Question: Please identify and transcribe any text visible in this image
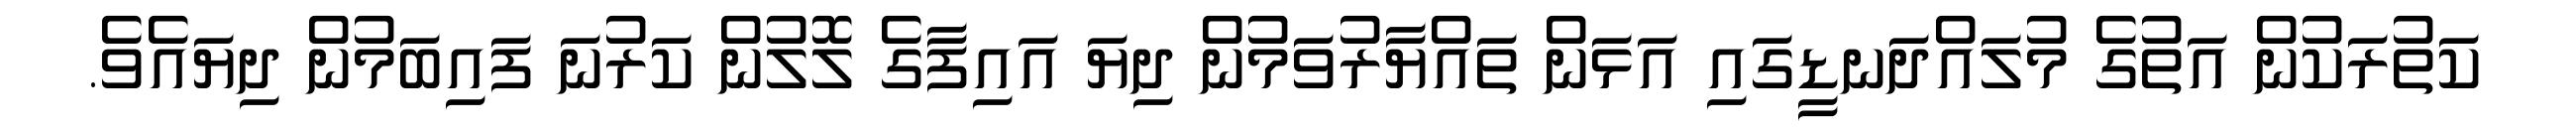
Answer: ކަތުރަކުން އަތުގެ މުލައްދަނޑީގައި އަޅަން ތައްޔާރުވަމުން ދިޔަ އައިފާގެ ލޮލުން ކަރުނަ ފައިބަމުން ދިޔައެވެ.